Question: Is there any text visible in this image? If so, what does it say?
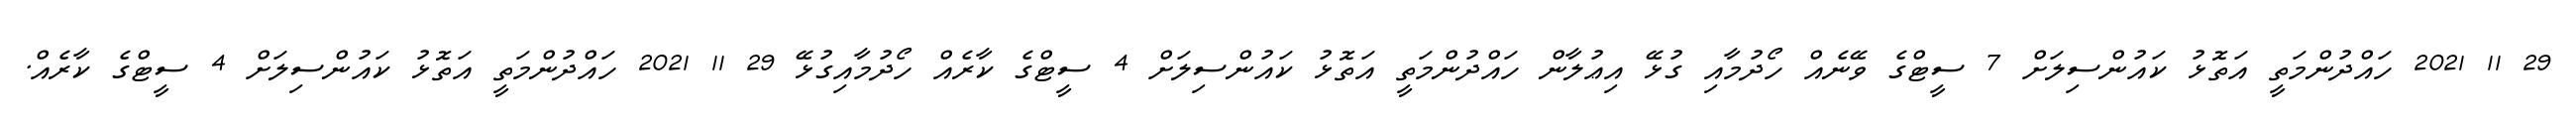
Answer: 29 11 2021 ހައްދުންމަތީ އަތޮޅު ކައުންސިލަށް 7 ސީޓްގެ ވޭނެއް ހޯދުމާއި ގުޅޭ އިޢުލާން ހައްދުންމަތީ އަތޮޅު ކައުންސިލަށް 4 ސީޓްގެ ކާރެއް ހޯދުމާއިގުޅޭ 29 11 2021 ހައްދުންމަތީ އަތޮޅު ކައުންސިލަށް 4 ސީޓްގެ ކާރެއް.